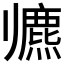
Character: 𱍶